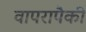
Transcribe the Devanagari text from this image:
वापरापैकी